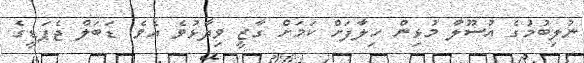
ނުލިބުމުގެ އުސޫލާ މުޅިން ހިލާފަށް ކަމަށް ގާޒީ ވިދާޅުވެ އެވެ. ޑަބަލް ޖެޕަޑީގެ